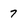
Character: 7